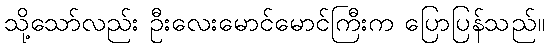
သို့သော်လည်း ဦးလေးမောင်မောင်ကြီးက ပြောပြန်သည်။